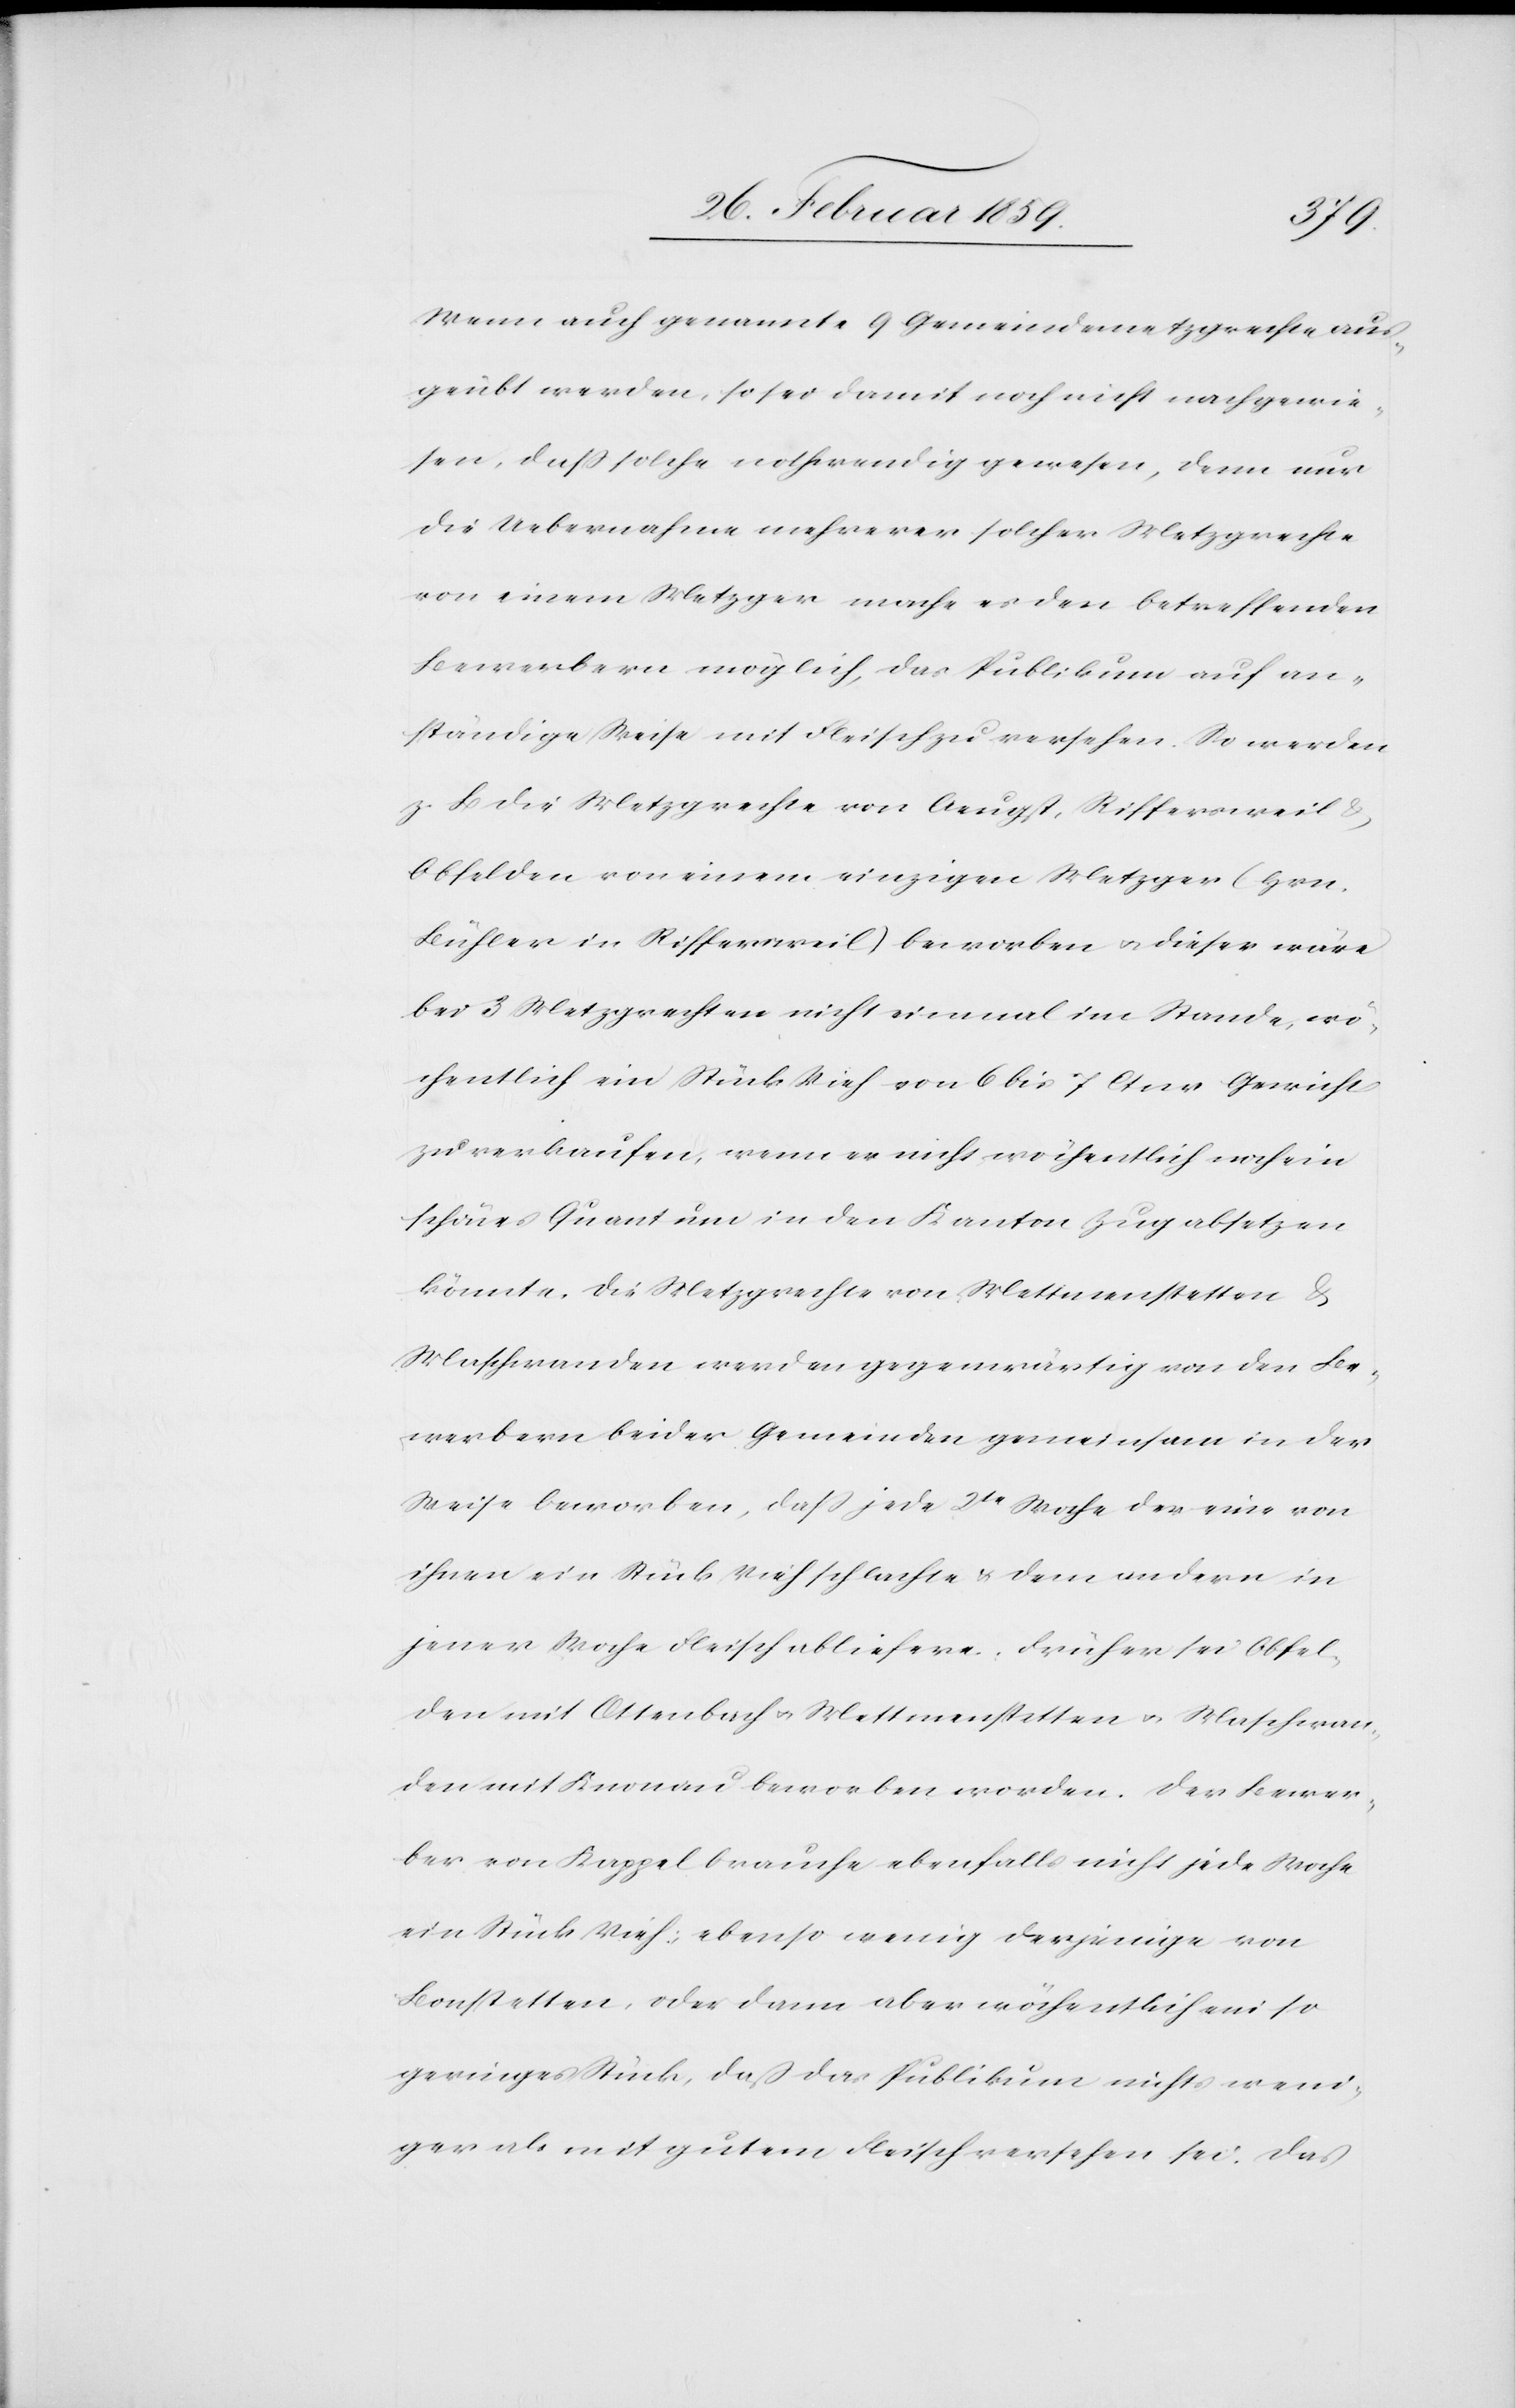
Wenn auch genannte 9 Gemeindemetzgrechte aus¬
geübt werden, so sei damit noch nicht nachgewie¬
sen, daß solche nothwendig gewesen, denn nur
die Uebernahme mehrerer solcher Metzgrechte
von einem Metzger mache es den betreffenden
Bewerbern möglich, das Publikum auf an¬
ständige Weise mit Fleisch zu versehen. So werden
z. B. die Metzgrechte von Aeugst, Riffersweil &
Obfelden von einem einzigen Metzger (Hrn.
Bühler in Riffersweil) beworben u. dieser wäre
bei 3 Metzgrechten nicht einmal im Stande, wö¬
chentlich ein Stück Vieh von 6 bis 7 Ctnr Gewicht
zu verkaufen, wenn er nicht wöchentlich noch ein
schönes Quantum in den Kanton Zug absetzen
könnte. Die Metzgrechte von Mettmenstetten &
Maschwanden werden gegenwärtig von den Be¬
werbern beider Gemeinden gemeinsam in der
Weise beworben, daß jede 2te Woche der eine von
ihnen ein Stück Vieh schlachte & dem andern in
jener Woche Fleisch abliefere. Früher sei Obfel¬
den mit Ottenbach u. Mettmenstetten u. Maschwan¬
den mit Knonau beworben worden. Der Bewer¬
ber von Kappel brauche ebenfalls nicht jede Woche
ein Stück Vieh, ebenso wenig derjenige von
Bonstetten, oder dann aber wöchentlich ein so
geringes Stück, daß das Publikum nichts weni¬
ger als mit gutem Fleisch versehen sei. Das